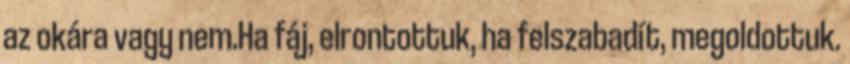
az okára vagy nem.Ha fáj, elrontottuk, ha felszabadít, megoldottuk.